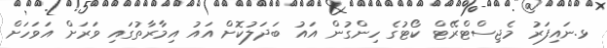
ޅ.ނައިފަރު މެޖިސްޓްރޭޓް ކޯޓުގެ ހިންގުން އައު ބަދަލުކޮށް އައު އިމާރާތުގައި ވަރަށް އަވަހަށް